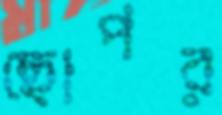
ছোপর